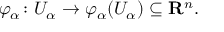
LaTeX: \varphi _ { \alpha } \colon U _ { \alpha } \to \varphi _ { \alpha } ( U _ { \alpha } ) \subseteq \mathbf { R } ^ { n } .